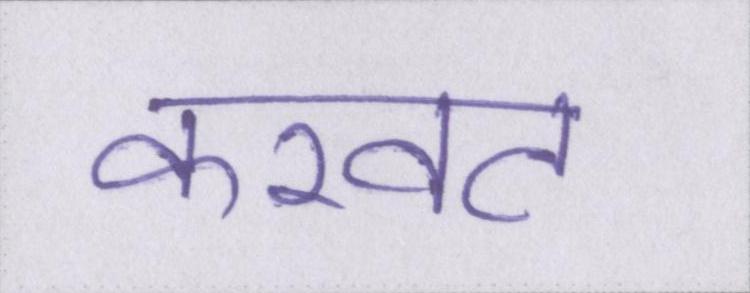
करवट